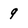
Character: 9